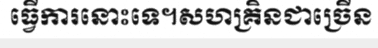
ធ្វើការនោះទេ។សហគ្រិនជាច្រើន